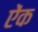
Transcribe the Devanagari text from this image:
ऐंक